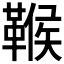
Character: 𩋴